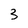
Character: 3